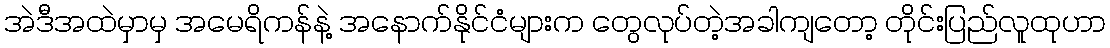
အဲဒီအထဲမှာမှ အမေရိကန်နဲ့ အနောက်နိုင်ငံများက တွေလုပ်တဲ့အခါကျတော့ တိုင်းပြည်လူထုဟာ